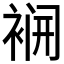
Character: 𮖌